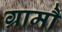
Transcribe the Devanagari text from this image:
ग्रामौं